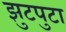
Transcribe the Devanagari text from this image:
झुटपुटा